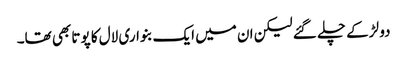
دو لڑکے چلے گئے لیکن ان میں ایک بنواری لال کا پوتا بھی تھا۔